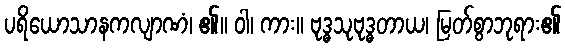
ပရိယောသာနကလျာဏံ၊ ၏။ ဝါ၊ ကား။ ဗုဒ္ဓသုဗုဒ္ဓတာယ၊ မြတ်စွာဘုရား၏